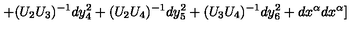
+ ( U _ { 2 } U _ { 3 } ) ^ { - 1 } d y _ { 4 } ^ { 2 } + ( U _ { 2 } U _ { 4 } ) ^ { - 1 } d y _ { 5 } ^ { 2 } + ( U _ { 3 } U _ { 4 } ) ^ { - 1 } d y _ { 6 } ^ { 2 } + d x ^ { \alpha } d x ^ { \alpha } ]